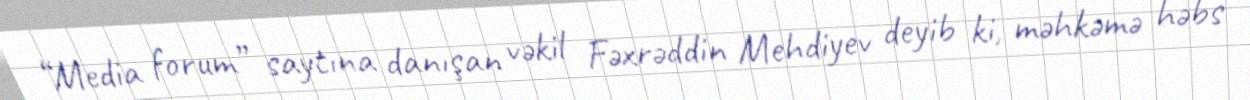
“Media forum” saytına danışan vəkil Fəxrəddin Mehdiyev deyib ki, məhkəmə həbs